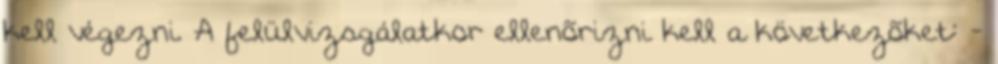
kell végezni. A felülvizsgálatkor ellenõrizni kell a következõket: -